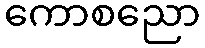
ကောစညော